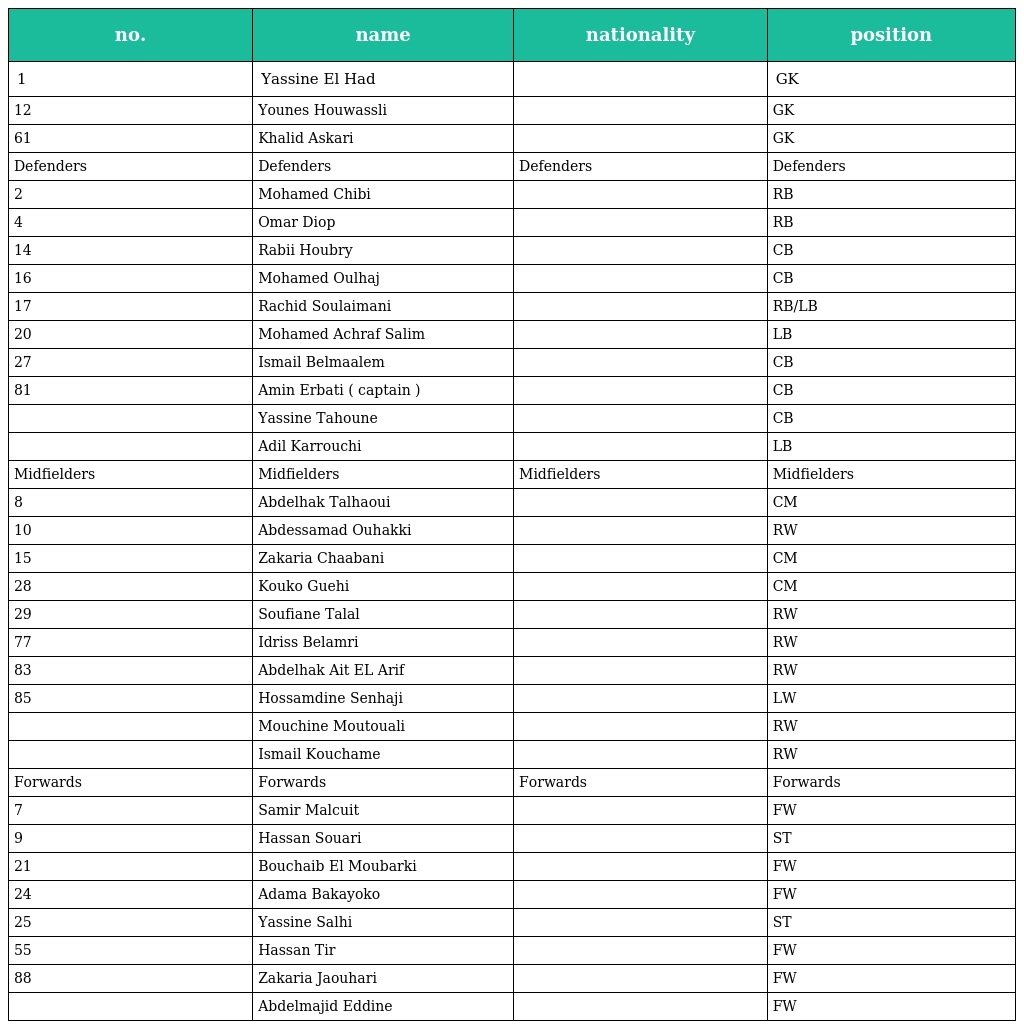
| no. | name | nationality | position |
 | --- | --- | --- | --- |
 | 1 | Yassine El Had |  | GK |
 | 12 | Younes Houwassli |  | GK |
 | 61 | Khalid Askari |  | GK |
 | Defenders | Defenders | Defenders | Defenders |
 | 2 | Mohamed Chibi |  | RB |
 | 4 | Omar Diop |  | RB |
 | 14 | Rabii Houbry |  | CB |
 | 16 | Mohamed Oulhaj |  | CB |
 | 17 | Rachid Soulaimani |  | RB/LB |
 | 20 | Mohamed Achraf Salim |  | LB |
 | 27 | Ismail Belmaalem |  | CB |
 | 81 | Amin Erbati ( captain ) |  | CB |
 |  | Yassine Tahoune |  | CB |
 |  | Adil Karrouchi |  | LB |
 | Midfielders | Midfielders | Midfielders | Midfielders |
 | 8 | Abdelhak Talhaoui |  | CM |
 | 10 | Abdessamad Ouhakki |  | RW |
 | 15 | Zakaria Chaabani |  | CM |
 | 28 | Kouko Guehi |  | CM |
 | 29 | Soufiane Talal |  | RW |
 | 77 | Idriss Belamri |  | RW |
 | 83 | Abdelhak Ait EL Arif |  | RW |
 | 85 | Hossamdine Senhaji |  | LW |
 |  | Mouchine Moutouali |  | RW |
 |  | Ismail Kouchame |  | RW |
 | Forwards | Forwards | Forwards | Forwards |
 | 7 | Samir Malcuit |  | FW |
 | 9 | Hassan Souari |  | ST |
 | 21 | Bouchaib El Moubarki |  | FW |
 | 24 | Adama Bakayoko |  | FW |
 | 25 | Yassine Salhi |  | ST |
 | 55 | Hassan Tir |  | FW |
 | 88 | Zakaria Jaouhari |  | FW |
 |  | Abdelmajid Eddine |  | FW |